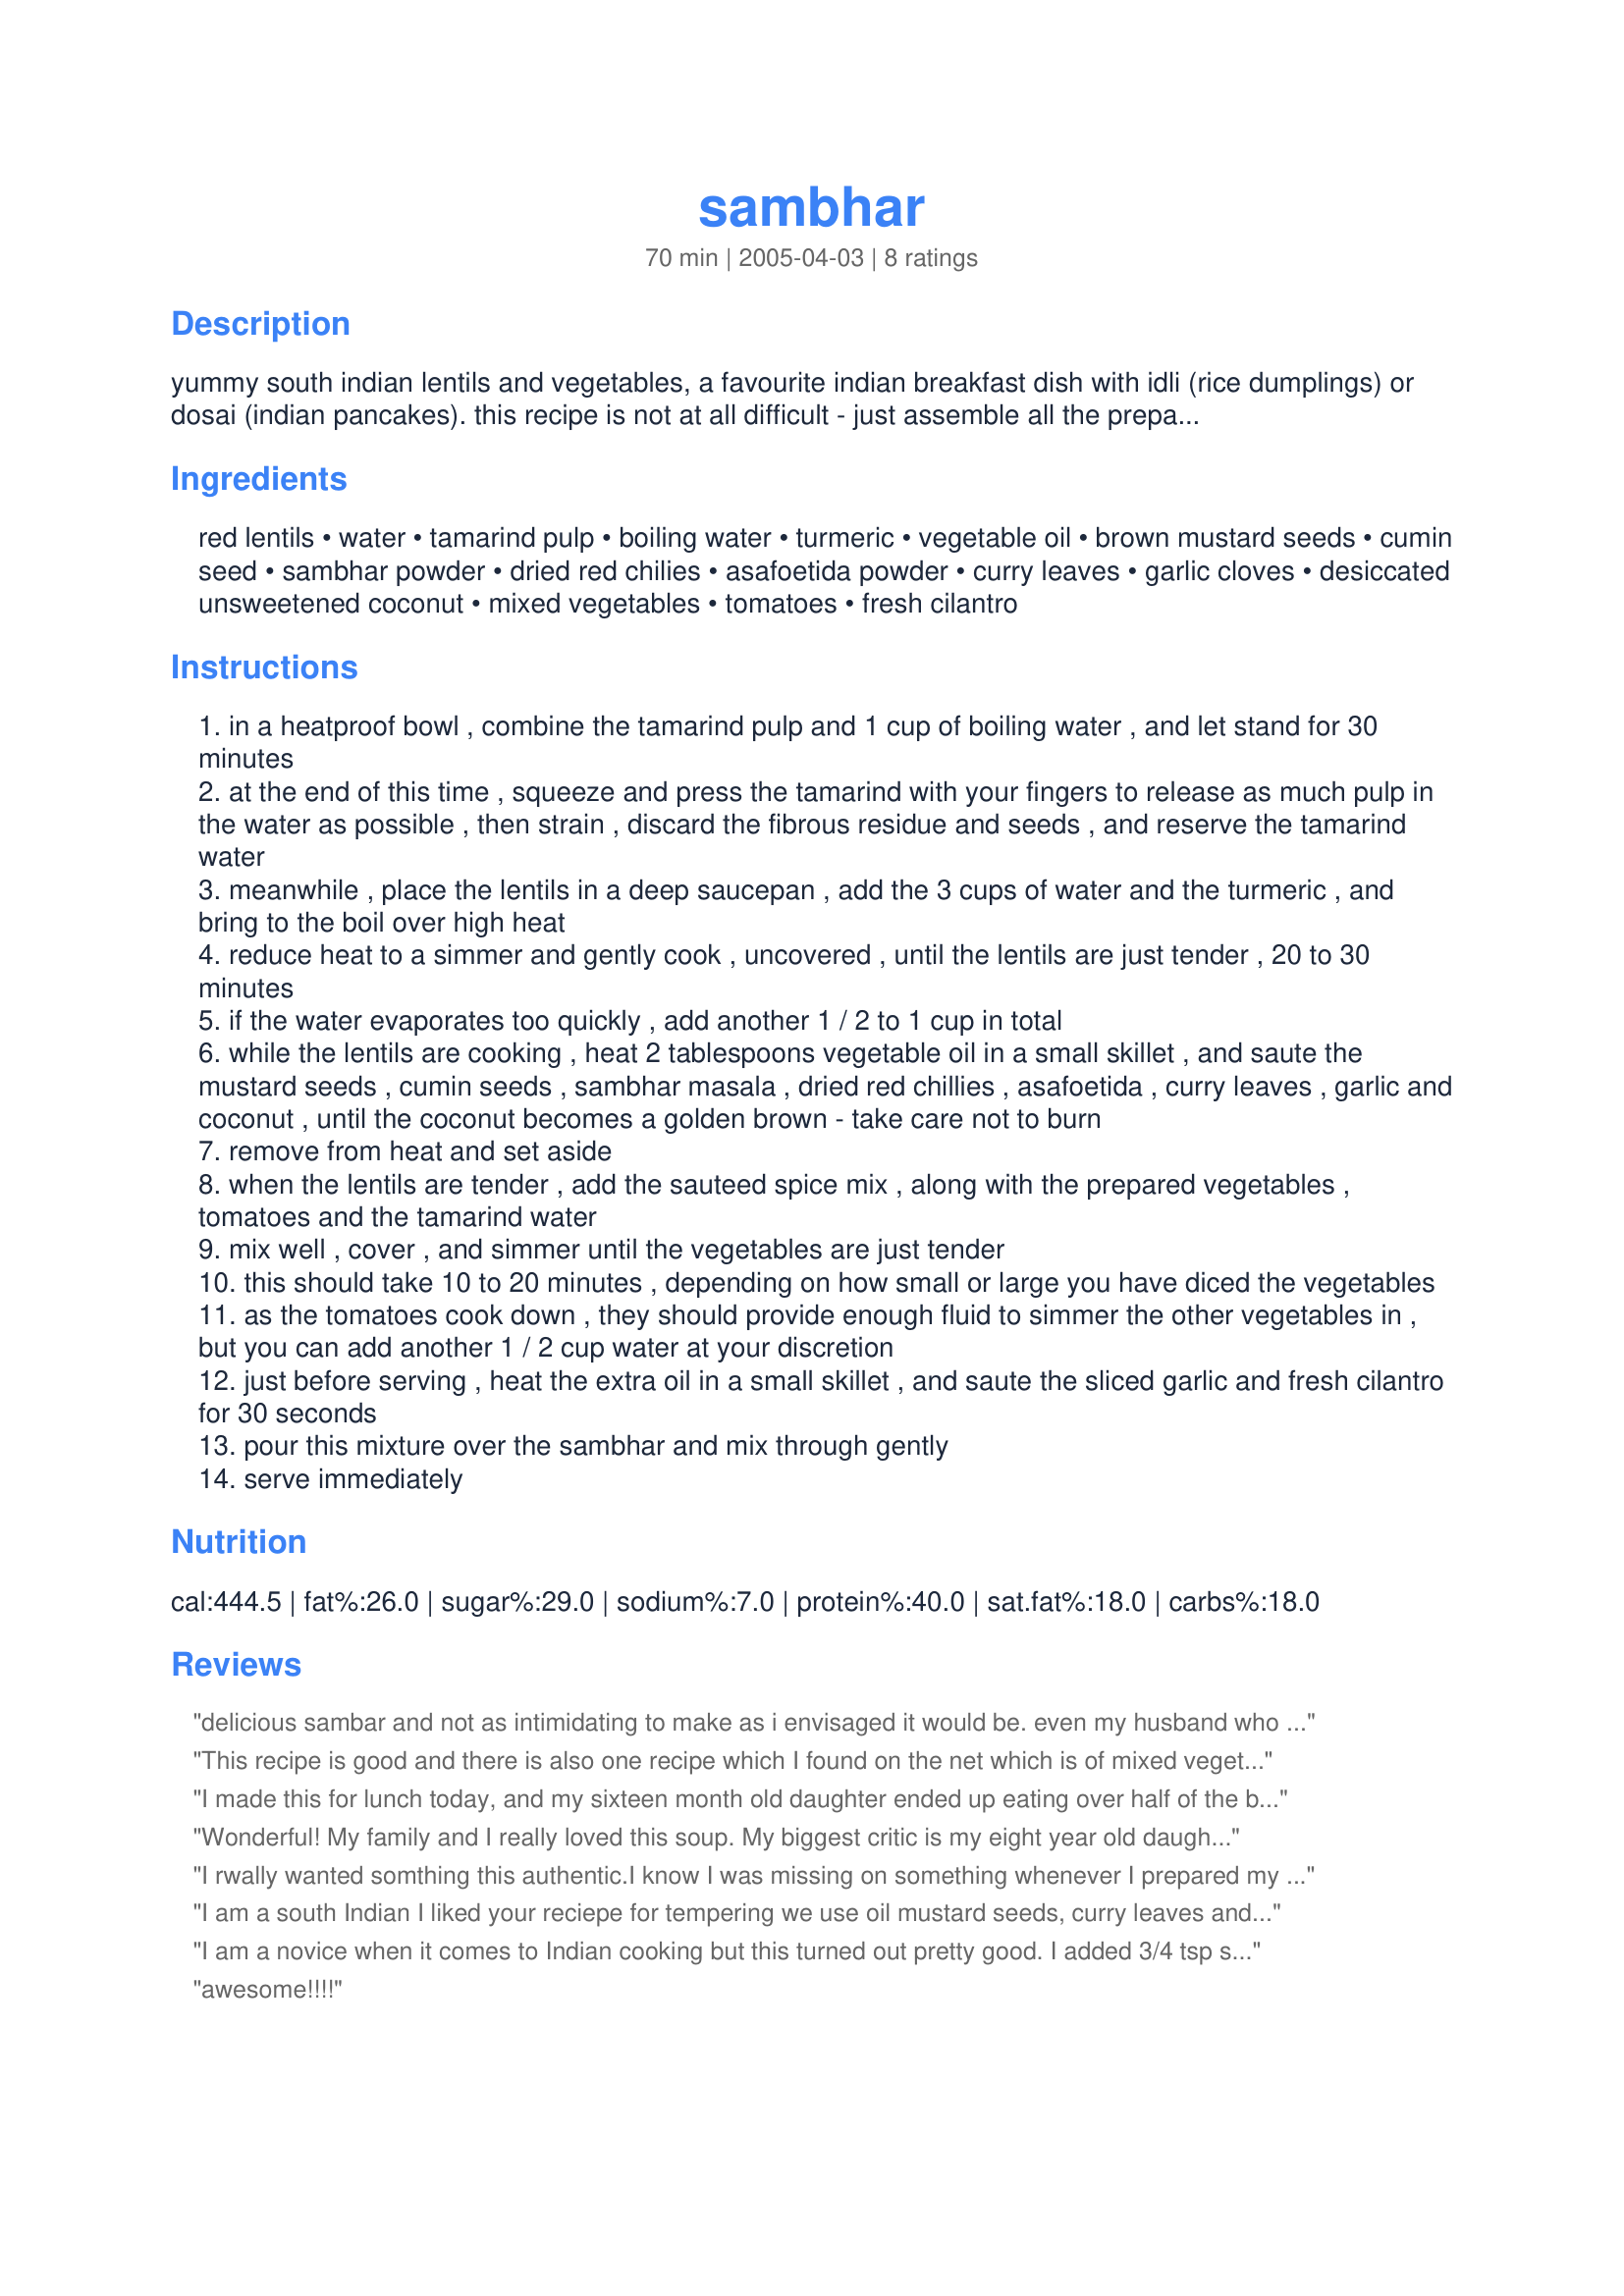
sambhar
Preparation time: 70 minutes

yummy south indian lentils and vegetables, a favourite indian breakfast dish with idli (rice dumplings) or dosai (indian pancakes). this recipe is not at all difficult - just assemble all the prepared ingredients before commencing to cook, and take one step at a time. i prefer to use freshly grated coconut, but unsweetened dried coconut is perfectly acceptable. sambhar masala can be obtained from an indian grocer, or make your own from recipe #110487 (much more fun!). i make this sambhar with toor dahl, and eat it with rice for the main meal of the day.

Ingredients:
red lentils, water, tamarind pulp, boiling water, turmeric, vegetable oil, brown mustard seeds, cumin seed, sambhar powder, dried red chilies, asafoetida powder, curry leaves, garlic cloves, desiccated unsweetened coconut, mixed vegetables, tomatoes, fresh cilantro

Steps:
in a heatproof bowl , combine the tamarind pulp and 1 cup of boiling water , and let stand for 30 minutes
at the end of this time , squeeze and press the tamarind with your fingers to release as much pulp in the water as possible , then strain , discard the fibrous residue and seeds , and reserve the tamarind water
meanwhile , place the lentils in a deep saucepan , add the 3 cups of water and the turmeric , and bring to the boil over high heat
reduce heat to a simmer and gently cook , uncovered , until the lentils are just tender , 20 to 30 minutes
if the water evaporates too quickly , add another 1 / 2 to 1 cup in total
while the lentils are cooking , heat 2 tablespoons vegetable oil in a small skillet , and saute the mustard seeds , cumin seeds , sambhar masala , dried red chillies , asafoetida , curry leaves , garlic and coconut , until the coconut becomes a golden brown - take care not to burn
remove from heat and set aside
when the lentils are tender , add the sauteed spice mix , along with the prepared vegetables , tomatoes and the tamarind water
mix well , cover , and simmer until the vegetables are just tender
this should take 10 to 20 minutes , depending on how small or large you have diced the vegetables
as the tomatoes cook down , they should provide enough fluid to simmer the other vegetables in , but you can add another 1 / 2 cup water at your discretion
just before serving , heat the extra oil in a small skillet , and saute the sliced garlic and fresh cilantro for 30 seconds
pour this mixture over the sambhar and mix through gently
serve immediately

Reviews:
delicious sambar and not as intimidating to make as i envisaged it would be. even my husband who spent his childhood in south india was very impressed with this. i did make some minor changes - i omitted the coconut since i was serving this alongside masala dosa with coconut chutney. i only used carrot and celery for the veggies since i didn't want the concoction to be too heavy, since dosa itself is pretty filling. next time i will make a heartier version to eat by itself. i found the proportion of the spices to be exactly right and the spiciness blended just right with the tanginess of the tamarind. thanks for posting this.
This recipe is good and there is also one recipe which I found on the net which is of mixed vegetable sambhar i tried it and was really tasty so just sharing if anyone of you likes mixed vegetables https://bestwaysto.net/how-to-make-sambhar/
I made this for lunch today, and my sixteen month old daughter ended up eating over half of the bowl I'd made for myself. I did skip the coconut, simply because I didn't have any. My veggies were pearl onions, carrots and spinach. I served it over couscous (is that too cross-cultural? At least it wasn't served over egg noodles!), and it was delicious. I will keep this in rotation. Thanks for this recipe!
Wonderful! My family and I really loved this soup. My biggest critic is my eight year old daughter and she loved it, asking for seconds. My husband insisted this become a staple in our home. That will not be a problem considering how flexible this recipe is. For veggies I used carrots, potatoes and fresh green beans. I did add two extra teaspoons of sambhar powder. Also, I split a serrano and threw it in with the vegetables. I cannot wait to try this again with different veggies! Served along rice, this was a very nice end to the day. Thank you agian for sharing this recipe.
I rwally wanted somthing this authentic.I know I was missing on something whenever I prepared my sambhar.
Finally my search for a perfect sambhar dish has ended here.
Thanks for this excellent recipe.
Leonard
I am a south Indian I liked your reciepe for tempering we use oil mustard seeds, curry leaves and asafetida. Asafetida to reduce flatulence. If you like you can add cumin seeds.
I am a novice when it comes to Indian cooking but this turned out pretty good. I added 3/4 tsp salt. Thanks for the recipe.
awesome!!!!
